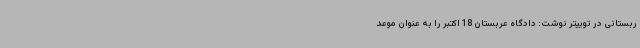
ربستانی در توییتر نوشت: دادگاه عربستان 18 اکتبر را به عنوان موعد